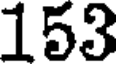
153